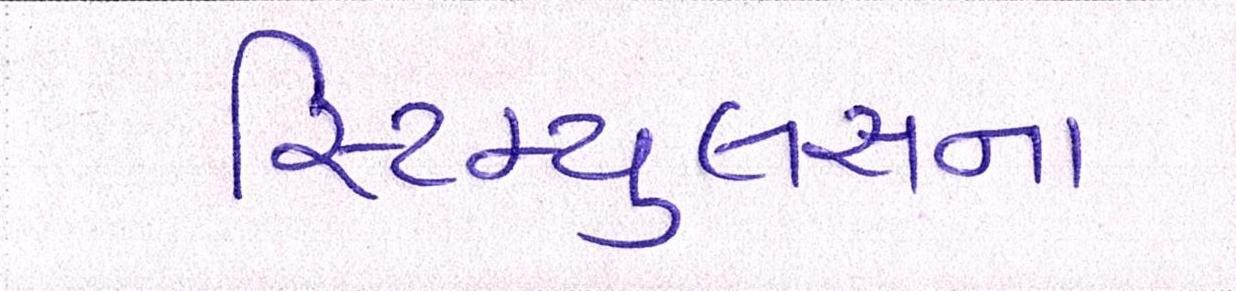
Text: સ્ટિમ્યુલસના